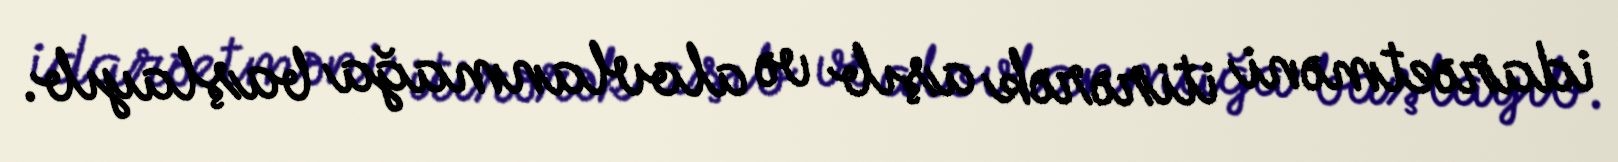
idarəetməni itirərək aşıb və alovlanmağa başlayıb.